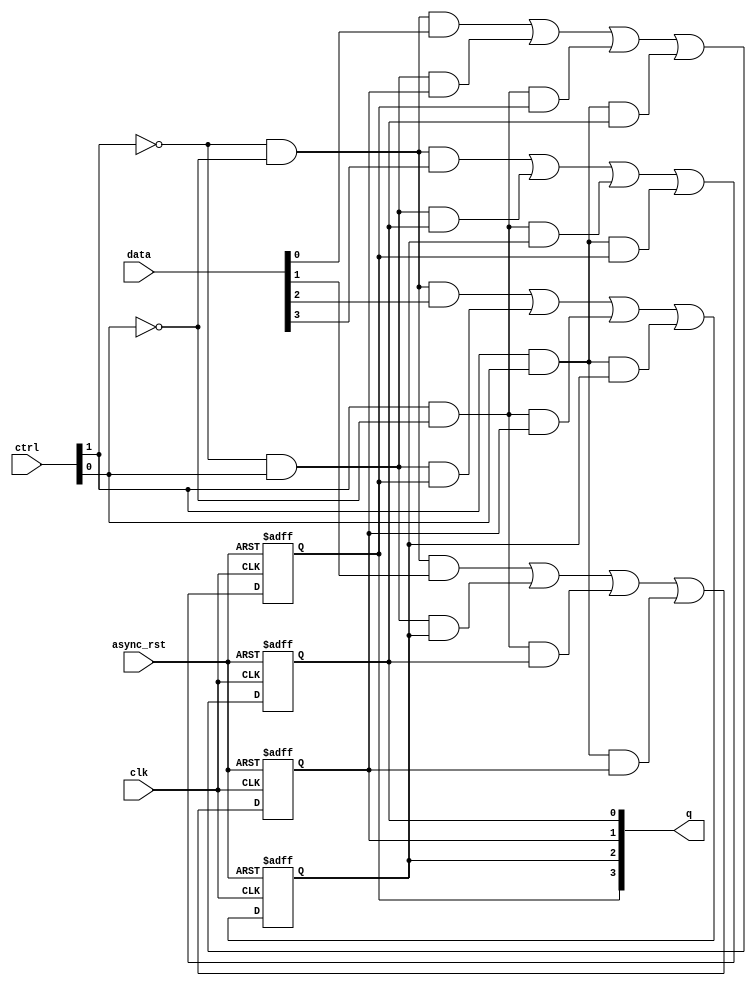
`timescale 1ns/1ps

module univ_rotate_reg
    #(parameter DW=4)
    (
    input wire clk,
    input wire async_rst,
    input wire [1:0] ctrl,
    input wire [DW-1:0] data,
    output reg [DW-1:0] q
    );

    // bit 0
    always @(posedge clk or posedge async_rst)
        if(async_rst)
            q[0]<=0;
        else
            q[0]<=  (~ctrl[1])&(~ctrl[0])&data[0]|
                    (~ctrl[1])&( ctrl[0])&q[1]|
                    ( ctrl[1])&(~ctrl[0])&q[DW-1]|
                    ( ctrl[1])&( ctrl[0])&q[0];


    // bit [DW-2:1]
    genvar i;
    generate
        for(i=1;i<DW-1;i=i+1)
            begin:dff_array
                always @(posedge clk or posedge async_rst)
                    if(async_rst)
                        q[i]<=0;
                    else
                        q[i]<=  (~ctrl[1])&(~ctrl[0])&data[i]|
                                (~ctrl[1])&( ctrl[0])&q[i+1]|
                                ( ctrl[1])&(~ctrl[0])&q[i-1]|
                                ( ctrl[1])&( ctrl[0])&q[i];
            end
    endgenerate

    // bit DW-1
    always @(posedge clk or posedge async_rst)
        if(async_rst)
            q[DW-1]<=0;
        else
            q[DW-1]<=   (~ctrl[1])&(~ctrl[0])&data[DW-1]|
                        (~ctrl[1])&( ctrl[0])&q[0]|
                        ( ctrl[1])&(~ctrl[0])&q[DW-2]|
                        ( ctrl[1])&( ctrl[0])&q[DW-1];
endmodule